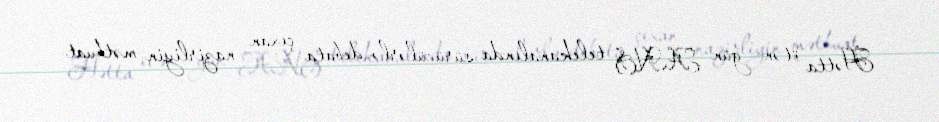
Hətta ötən gün ANS telekanalında sürücülərlə debata çıxan nazirliyin mətbuat